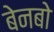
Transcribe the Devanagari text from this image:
बेनबो